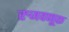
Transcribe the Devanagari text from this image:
रुजवणूक